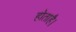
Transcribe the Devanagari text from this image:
होताहै।